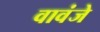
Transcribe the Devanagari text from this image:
वावंजे